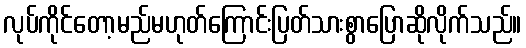
လုပ်ကိုင်တော့မည်မဟုတ်ကြောင်းပြတ်သားစွာပြောဆိုလိုက်သည်။